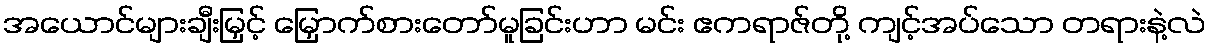
အယောင်များချီးမြှင့် မြှောက်စားတော်မူခြင်းဟာ မင်း ဧကရာဇ်တို့ ကျင့်အပ်သော တရားနဲ့လဲ